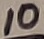
Text: 10